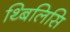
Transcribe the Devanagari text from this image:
थ्बिलिसि